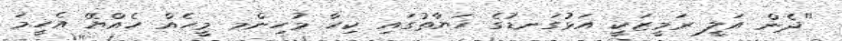
"ދެން އަލީ ރަމީޒަކީ އަޅުގަނޑުގެ ހަޔާތުގައި ކިހާ މުހިންމ މީހެއް ހެއްޔޭ އެހީމަ